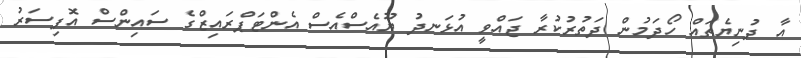
އާ ދުނިޔެތައް ހޯދަމުން ދަތުރުކުރާ ޖައްވީ އުޅަނދު ޔޫއެސްއެސް އެންޓަޕްރައިޒްގެ ސައިންސް އޮފިސަރު